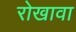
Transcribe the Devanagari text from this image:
रोखावा